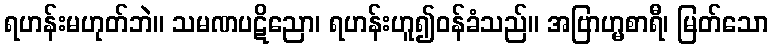
ရဟန်းမဟုတ်ဘဲ။ သမဏပဋိညော၊ ရဟန်းဟူ၍ဝန်ခံသည်။ အဗြာဟ္မစာရီ၊ မြတ်သော